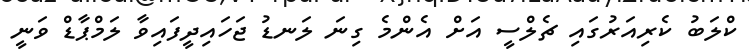
ކްލަބު ކެރިއަރުގައި ޗެލްސީ އަށް އެންމެ ގިނަ ލަނޑު ޖަހައިދީފައިވާ ލަމްޕާޑް ވަނީ